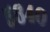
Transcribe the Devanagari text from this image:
५६४०